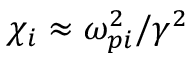
\chi _ { i } \approx \omega _ { p i } ^ { 2 } / \gamma ^ { 2 }